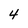
Character: 4